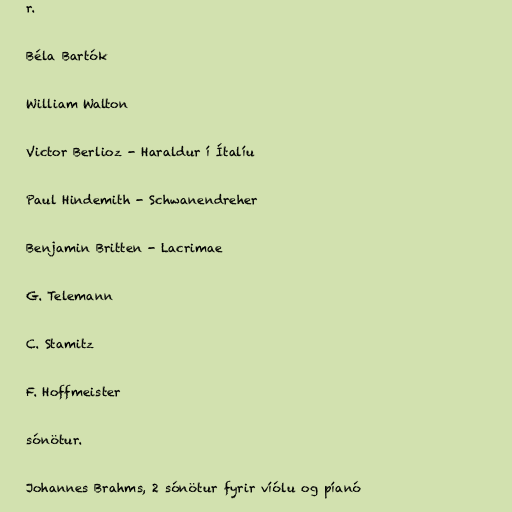
r.

Béla Bartók

William Walton

Victor Berlioz - Haraldur í Ítalíu

Paul Hindemith - Schwanendreher

Benjamin Britten - Lacrimae

G. Telemann

C. Stamitz

F. Hoffmeister

sónötur.

Johannes Brahms, 2 sónötur fyrir víólu og píanó